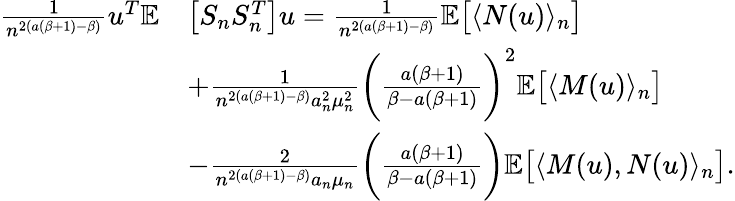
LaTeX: \begin{array}{rl}{\frac{1}{n^{2(a(\beta+1)-\beta)}}u^{T}\mathbb{E}}&{\big[S_{n}S_{n}^{T}\big]u=\frac{1}{n^{2(a(\beta+1)-\beta)}}\mathbb{E}\big[\langle N(u)\rangle_{n}\big]}\\ &{+\frac{1}{n^{2(a(\beta+1)-\beta)}a_{n}^{2}\mu_{n}^{2}}\bigg(\frac{a(\beta+1)}{\beta-a(\beta+1)}\bigg)^{2}\mathbb{E}\big[\langle M(u)\rangle_{n}\big]}\\ &{-\frac{2}{n^{2(a(\beta+1)-\beta)}a_{n}\mu_{n}}\bigg(\frac{a(\beta+1)}{\beta-a(\beta+1)}\bigg)\mathbb{E}\big[\langle M(u),N(u)\rangle_{n}\big].}\end{array}